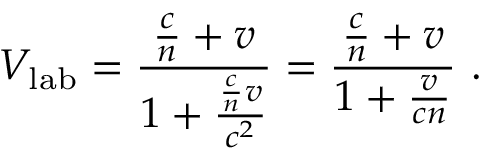
V _ { \mathrm { l a b } } = { \frac { { \frac { c } { n } } + v } { 1 + { \frac { { \frac { c } { n } } v } { c ^ { 2 } } } } } = { \frac { { \frac { c } { n } } + v } { 1 + { \frac { v } { c n } } } } \ .